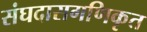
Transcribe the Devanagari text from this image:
संघदासगणिकृत